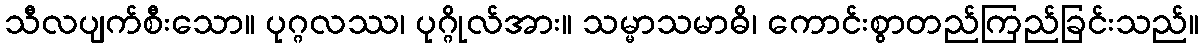
သီလပျက်စီးသော။ ပုဂ္ဂလဿ၊ ပုဂ္ဂိုလ်အား။ သမ္မာသမာဓိ၊ ကောင်းစွာတည်ကြည်ခြင်းသည်။